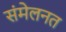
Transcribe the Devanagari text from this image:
संमेलनत